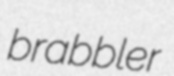
brabbler